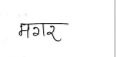
मजकूर: मगर